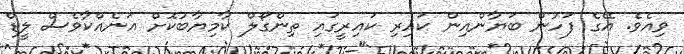
ވިއެވެ. އޭގެ ފަހުން ބަޔާންއިން ކައިރި ކައިރީގައި ތިންގޯލް ކާމިޔާބުކޮށް އަނެއްކާވެސް ލީޑް